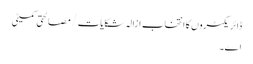
ڈائریکٹروں کا انتخاب ازالہ شکایات/ مصالحتی کمیٹی
اے۔